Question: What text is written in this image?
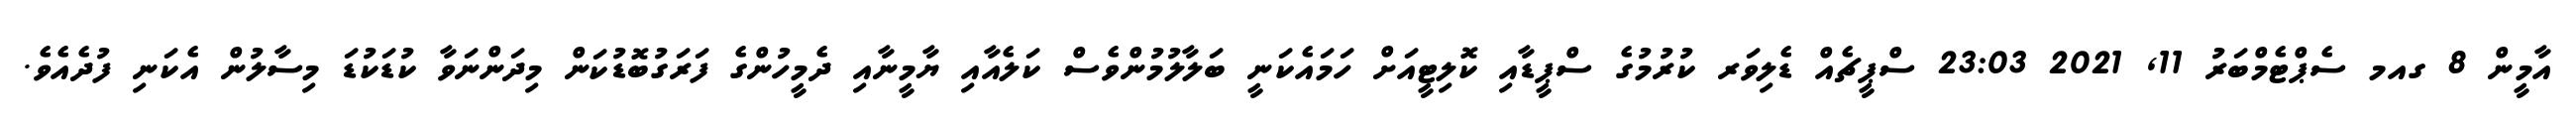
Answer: އާމީން 8 ގއމ ސެޕްޓެމްބަރު 11, 2021 23:03 ސްޕީޗެއް ޑެލިވަރ ކުރުމުގެ ސްޕީޑާއި ކޮލިޓީއަށް ހަމައެކަނީ ބަލާލުމުންވެސް ކަލެއާއި ޔާމީނާއި ދެމީހުންގެ ފަރަގުބޮޑުކަން މިދަންނަވާ ކުޑަކުޑަ މިސާލުން އެކަނި ފުދެއެވެ.